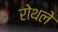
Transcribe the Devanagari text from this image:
रोथले